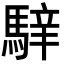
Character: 𩤑